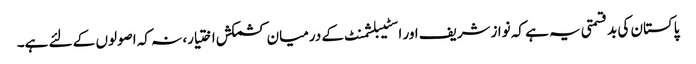
پاکستان کی بدقسمتی یہ ہے کہ نوازشریف اور اسٹیبلشمنٹ کے درمیان کشمکش اختیار، نہ کہ اصولوں کے لئے ہے۔